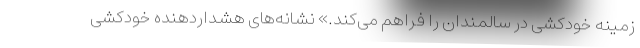
زمینه خودکشی در سالمندان را فراهم می‌کند.» نشانه‌های هشداردهنده خودکشی